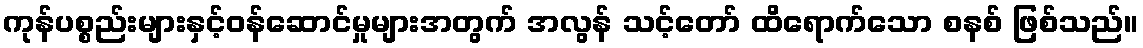
ကုန်ပစ္စည်းများနှင့်ဝန်ဆောင်မှုများအတွက် အလွန် သင့်တော် ထိရောက်သော စနစ် ဖြစ်သည်။